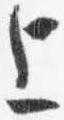
上